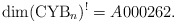
\begin{gather*}\dim ({\rm CYB}_n)^{!} = A000262.\end{gather*}